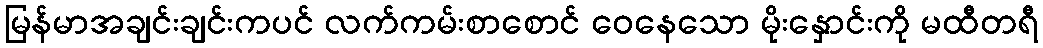
မြန်မာအချင်းချင်းကပင် လက်ကမ်းစာစောင် ဝေနေသော မိုးနှောင်းကို မထီတရီ